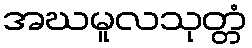
အဃမူလသုတ္တံ